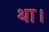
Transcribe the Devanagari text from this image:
था।